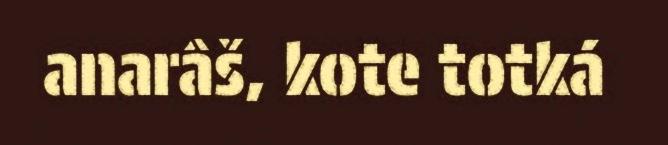
anarâš, kote totká